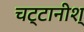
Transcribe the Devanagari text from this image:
चट्टानीश्